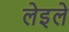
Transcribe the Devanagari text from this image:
लेइले